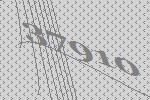
37910